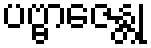
ပဗ္ဗာဇေန္တု